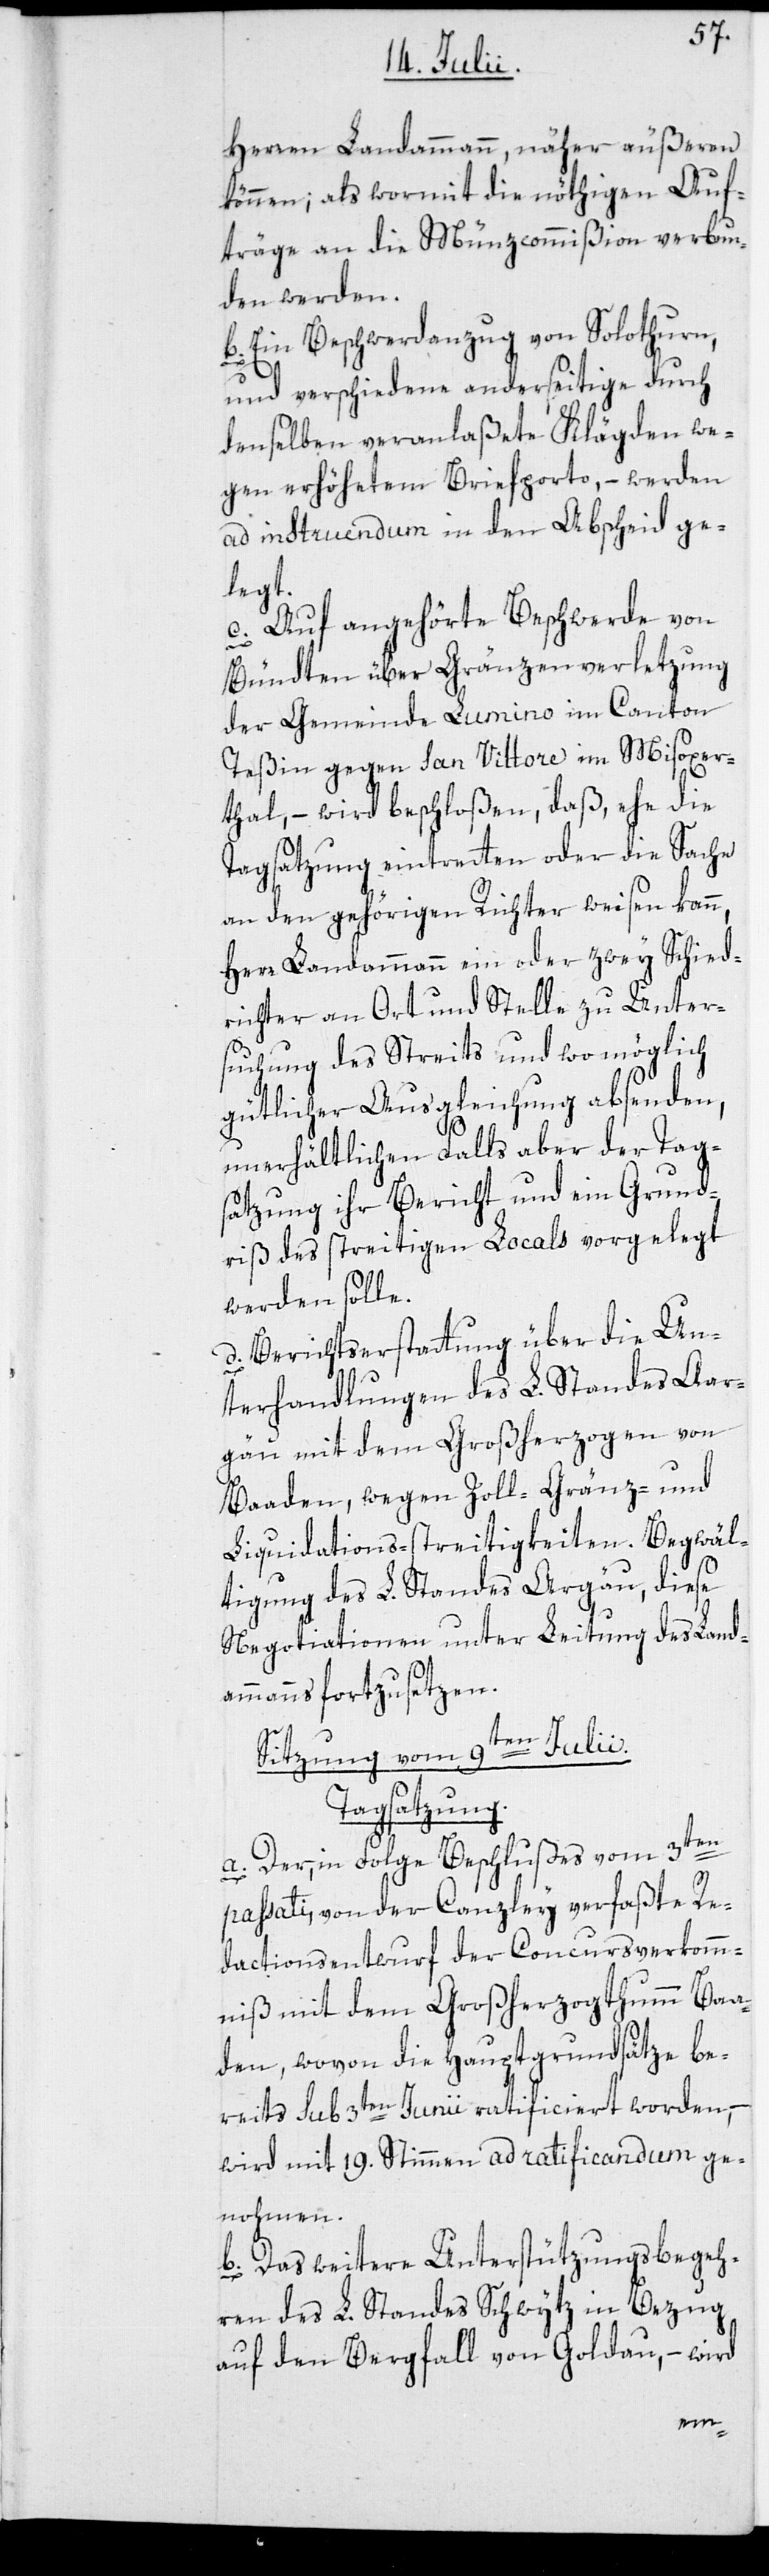
Herren Landammann, näher äußeren
können; als wormit die nöthigen Auf¬
träge an die Münzcommißionm verbun¬
den werden.
b. Ein Beschwerdanzug von Solothurn
und verschiedene anderseitige durch
denselben veranlaßete Klägden we¬
gen erhöhetem Briefporto, – werden
ad instruendum in den Abscheid ge¬
legt.
c. Auf angehörte Beschwerde von
Bündten über Gränzverletzung
der Gemeinde Lumino im Canton
Teßin gegen San Vittore im Misoxer¬
thal, – wird beschloßen, daß, ehe die
Tagsatzung eintretten oder die Sache
an den gehörigen Richter weisen kann,
Herr Landammann ein oder zwey Schied¬
richter an Ort und Stelle zu Unter¬
suchung des Streits und womöglich
gütlicher Ausgleichung absenden,
unerhältlichen Falls aber der Tag¬
satzung ihr Bericht und ein Grund¬
riß des streitigen Locals vorgelegt
werden solle.
d. Berichtserstattung über die Un¬
terhandlungen des L. Standes Aar¬
gäu mit dem Großherzogen von
Baaden, wegen Zoll-[,] Gränz- und
Liquidations-streitigkeiten. Begwäl¬
tigung des L. Standes Aargäu, diese
Negotiationen unter Leitung des Land¬
ammanns fortzusetzen.
Sitzung vom 9ten Julii.
Tagsatzung.
a. Der, in Folge Beschlußes vom 3ten
passati, von der Canzley verfaßte Re¬
dactionsentwurf der Concursverkomm¬
niß mit dem Großherzogthum Baa¬
den, wovon die Hauptgundsätze be¬
reits sub 3ten Junii ratificiert worden,
wird mit 19. Stimmen ad ratificandum ge¬
nohmen.
b. Das weitere Unterstützungsbegeh¬
ren des L. Standes Schwytz in Bezug
auf den Bergfall von Goldau, – wird